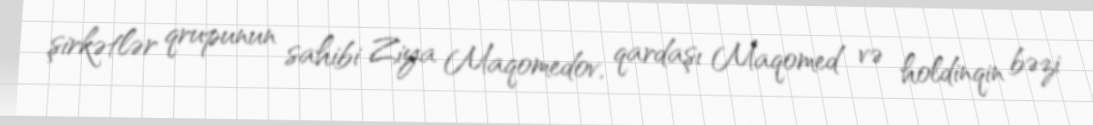
şirkətlər qrupunun sahibi Ziya Maqomedov, qardaşı Maqomed və holdinqin bəzi